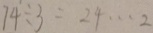
7 4 \div 3 = 2 4 \cdots 2